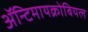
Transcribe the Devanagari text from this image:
ॲन्टिमायक्रोबियल